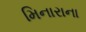
મિનારાના